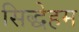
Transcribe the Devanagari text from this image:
सिद्धेहम